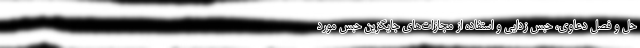
حل و فصل دعاوی، حبس زدایی و استفاده از مجازات‌های جایگزین حبس مورد